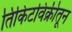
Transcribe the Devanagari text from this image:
तिकिटविक्रीतून